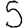
Digit: 5